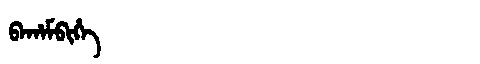
Manchu: ᠪᠠᡥᠠᠮᠪᡳᡥᡝ
Romanization: BAHAMBIHE